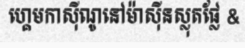
ហ្គេមកាស៊ីណូនៅម៉ាស៊ីនស្លុតផ្លែ &